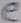
Text: e